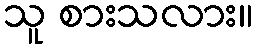
သူ စားသလား။